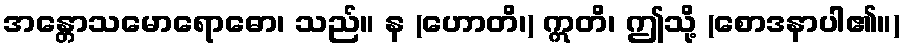
အန္တောသမောရောဓော၊ သည်။ န (ဟောတိ၊) ဣတိ၊ ဤသို့ (စောဒနာပါ၏။)